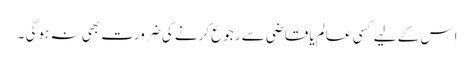
اِس کے لیے کسی عالم یا قاضی سے رجوع کرنے کی ضرورت بھی نہ ہوگی ۔